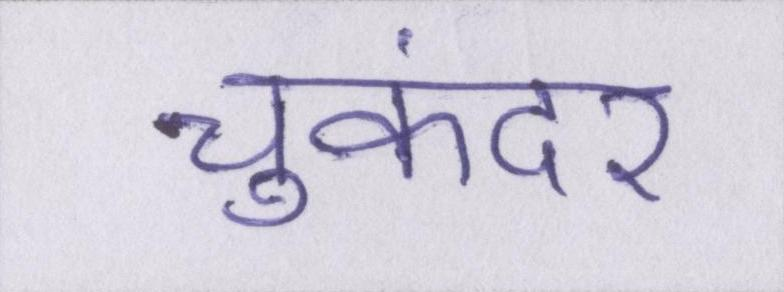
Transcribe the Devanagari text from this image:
चुकंदर